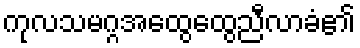
ကုလသမဂ္ဂအထွေထွေညီလာခံ၏